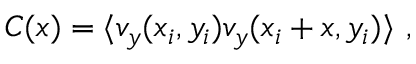
C ( x ) = \langle v _ { y } ( x _ { i } , y _ { i } ) v _ { y } ( x _ { i } + x , y _ { i } ) \rangle ~ ,